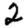
Digit: 2